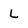
Character: L